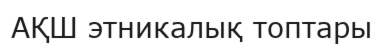
АҚШ этникалық топтары